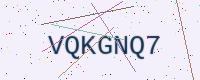
Text: VQKGNQ7